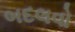
બદલવો